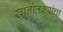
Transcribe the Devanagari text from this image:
खानोलकरांचा